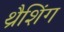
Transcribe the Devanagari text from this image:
थ्रैशिंग